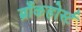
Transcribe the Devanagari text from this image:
ब्राँकहोर्स्ट